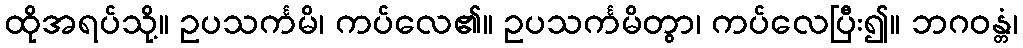
ထိုအရပ်သို့။ ဥပသင်္ကမိ၊ ကပ်လေ၏။ ဥပသင်္ကမိတွာ၊ ကပ်လေပြီး၍။ ဘဂဝန္တံ၊